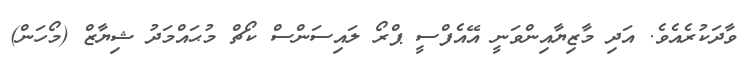
ވާދަކުރެއެވެ. އަދި މާޒިޔާއިންވަނީ އޭއެފްސީ ޕްރޯ ލައިސަންސް ކޯޗް މުޙައްމަދު ޝިޔާޒް (މޯހަން)